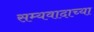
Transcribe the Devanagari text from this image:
सम्यवादाच्या